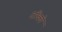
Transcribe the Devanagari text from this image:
टाँको